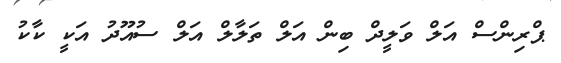
ޕްރިންސް އަލް ވަލީދް ބިން އަލް ތަލާލް އަލް ސުއޫދު އަކީ ކާކު